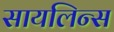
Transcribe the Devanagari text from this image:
सायलिन्स